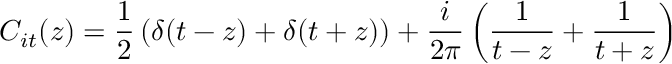
C _ { i t } ( z ) = \frac { 1 } { 2 } \left( \delta ( t - z ) + \delta ( t + z ) \right) + \frac { i } { 2 \pi } \left( \frac { 1 } { t - z } + \frac { 1 } { t + z } \right)